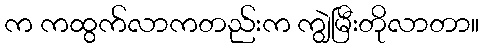
က ကထွက်လာကတည်းက ကျွဲမြီးတိုလာတာ။